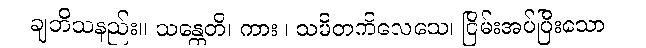
ချဘိသနည်း။ သန္တေတိ၊ ကား။ သမိတကိလေသေ၊ ငြိမ်းအပ်ပြီးသော